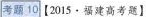
考题10【2015·福建高考题】